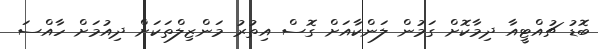
ބޮޑު ޗުއްޓީއާ ދިމާކޮށް ގަމުން ލަންކާއަށް ގޮސް އިތުރު މަންޒިލްތަކަށް ދިއުމަށް ހާއްސަ